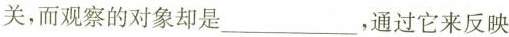
关，而观察的对象却是__，通过它来反映